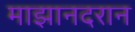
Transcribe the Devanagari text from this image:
माझानदरान